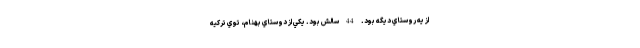
از يه روستاي ديگه بود. 44 سالش بود. يكي از دوستاي بهنام، توي تركيه